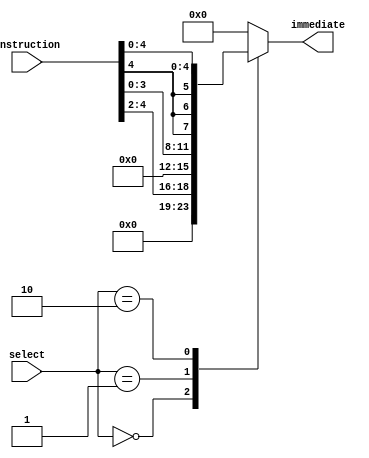
module immediate_extractor (input [7:0] instruction, input [1:0] select, output reg [7:0] immediate);

always@(*)
begin
	case(select)
	2'b00: immediate = {{5'b00000},{instruction[4:2]}};
	2'b01: immediate = {{4'b0000},{instruction[3:0]}};
	2'b10: immediate = {{3{instruction[4]}}, {instruction[4:0]}};
	default: immediate = 8'b00000000;
	endcase
end

endmodule